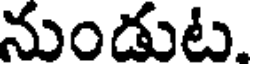
నుండుట.